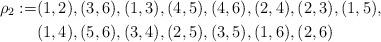
LaTeX: \begin{align*}\rho_2 := &(1,2), (3,6), (1,3), (4,5), (4,6), (2,4), (2,3), (1,5), \\ & (1,4), (5,6), (3,4), (2,5), (3,5), (1,6), (2,6)\end{align*}